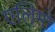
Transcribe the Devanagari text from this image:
एलिमो